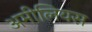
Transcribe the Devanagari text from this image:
अमीलियस